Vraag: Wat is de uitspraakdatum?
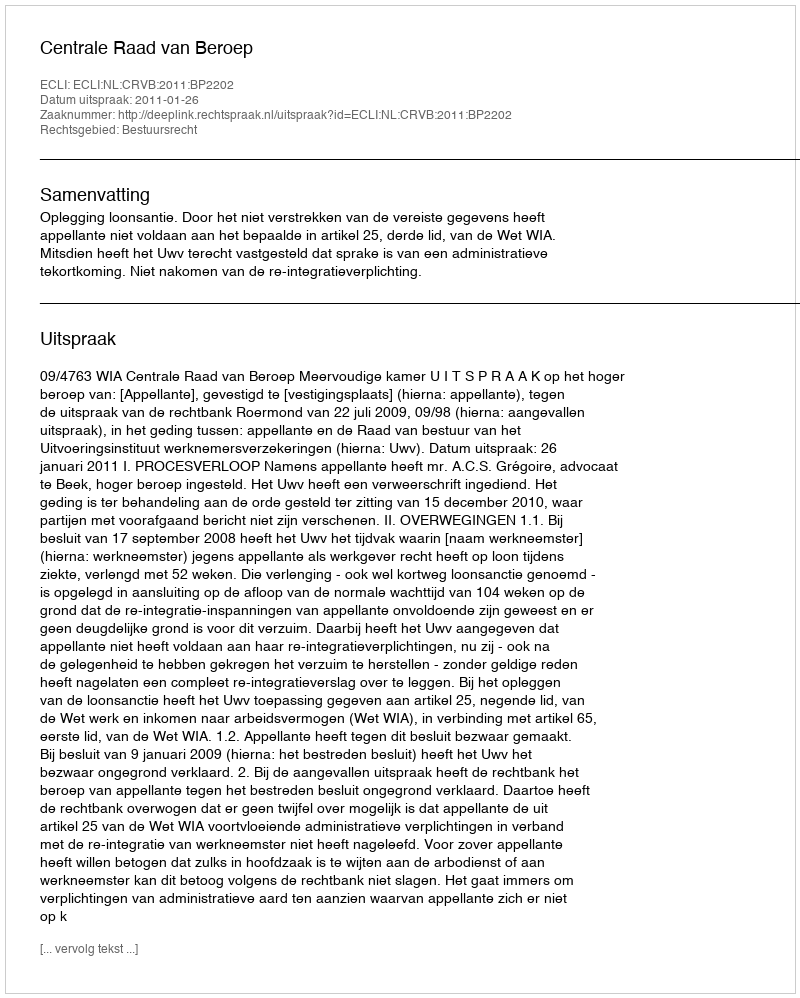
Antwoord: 2011-01-26